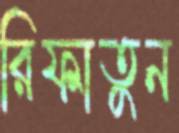
রিফাতুন